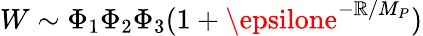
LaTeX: W\sim\Phi_{1}\Phi_{2}\Phi_{3}(1+\epsilone^{-\mathbb{R}/M_{P}})